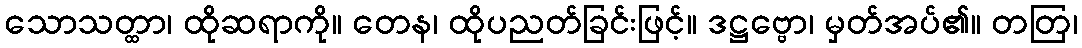
သောသတ္ထာ၊ ထိုဆရာကို။ တေန၊ ထိုပညတ်ခြင်းဖြင့်။ ဒဋ္ဌဗ္ဗော၊ မှတ်အပ်၏။ တတြ၊